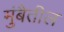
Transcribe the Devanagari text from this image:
मुंबैतील